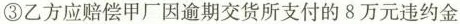
③乙方应赔偿甲厂因逾期交货所支付的8万元违约金